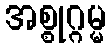
အစ္စုဂ္ဂမ္မ